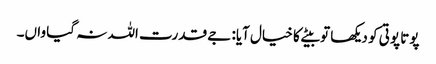
پوتا پوتی کو دیکھا تو بیٹے کا خیال آیا: جے قدرت اللہ نہ گیا واں۔